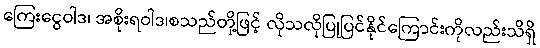
ကြေးငွေဝါဒ၊ အစိုးရဝါဒ၊စသည်တို့ဖြင့် လိုသလိုပြုပြင်နိုင်ကြောင်းကိုလည်းသိရှိ